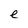
Character: e